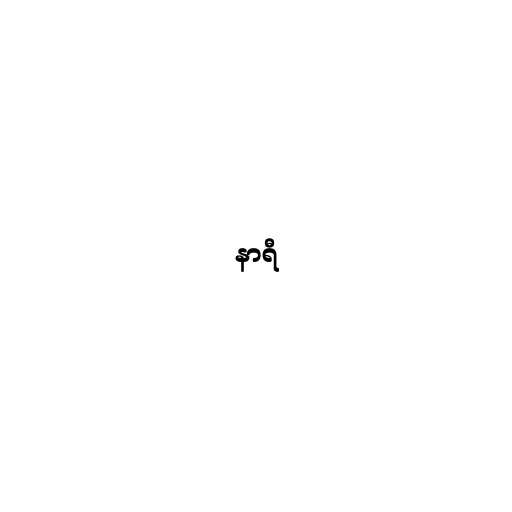
နာရီ